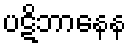
ပဋိဘာနေန